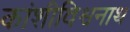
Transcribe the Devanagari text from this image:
कांशीविश्वनाथ